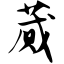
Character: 蒇